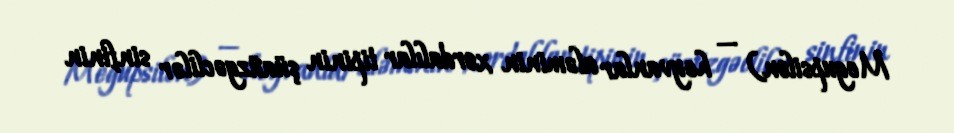
Megupsilon) — heyvanlar aləminin xordalılar tipinin şüaüzgəclilər sinfinin